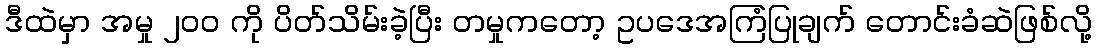
ဒီထဲမှာ အမှု ၂၀၀ ကို ပိတ်သိမ်းခဲ့ပြီး တမှုကတော့ ဥပဒေအကြံပြုချက် တောင်းခံဆဲဖြစ်လို့